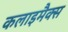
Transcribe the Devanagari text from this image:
कलाइमैक्स